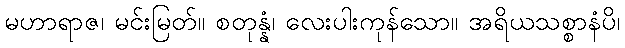
မဟာရာဇ၊ မင်းမြတ်။ စတုန္နံ၊ လေးပါးကုန်သော။ အရိယသစ္စာနံပိ၊